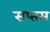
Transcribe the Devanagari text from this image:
सप्‍तम